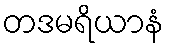
တဒမရိယာနံ